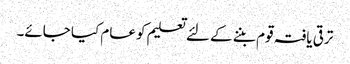
ترقی یافتہ قوم بننے کے لئے تعلیم کو عام کیا جائے۔